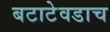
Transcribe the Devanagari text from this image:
बटाटेवडाच